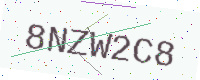
Text: 8NZW2C8